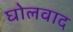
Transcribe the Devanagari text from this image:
घोलवाद